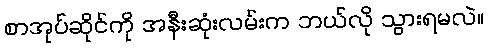
စာအုပ်ဆိုင်ကို အနီးဆုံးလမ်းက ဘယ်လို သွားရမလဲ။